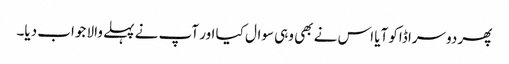
پھر دوسرا ڈاکو آیا اس نے بھی وہی سوال کیا اور آپ نے پہلے والا جواب دیا۔